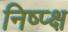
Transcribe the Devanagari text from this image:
निष्प्क्ष